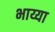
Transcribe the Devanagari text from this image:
भाय्या